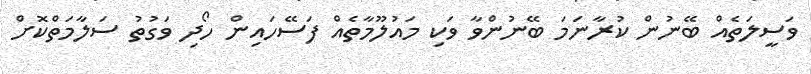
ވަސީލަތެއް ބޭނުން ކުރާނަމަ ބޭނުންވާ ވަކި މައުލޫމާތެއް ފަސޭހައިން ހޯދި ވަގުތު ސަލާމަތްކޮށް